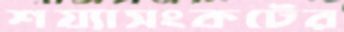
শয্যাসংকটের